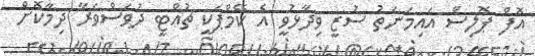
އޮފް ޕޮލިސް އައިމަނަތު ސުޒީ ވިދާޅުވީ އެ ކޭމްޕަކީ ޗުއްޓީ ދުވަސްވަރާ ދިމާކޮށް